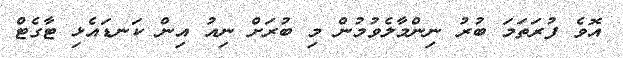
އޮވެ ފުރަތަމަ ބުރު ނިންމާލެވުމުން މި ބުރަށް ނިއު އިން ކަނޑައެޅި ޓާގެޓް